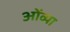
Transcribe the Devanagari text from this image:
ओंव्या